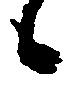
候